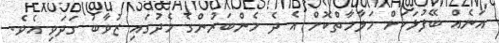
އަނެއް ބޭފުޅަކަށް މަލާމާތްކޮށް އެ ދެ މެންބަރުންގެ މެދުގައި ޒުވާބު ގަދަވި އެވެ.